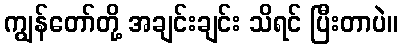
ကျွန်တော်တို့ အချင်းချင်း သိရင် ပြီးတာပဲ။